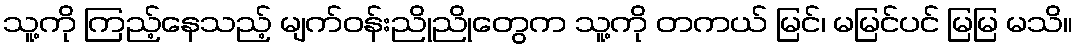
သူ့ကို ကြည့်နေသည့် မျက်ဝန်းညိုညိုတွေက သူ့ကို တကယ် မြင်၊ မမြင်ပင် မြမြ မသိ။